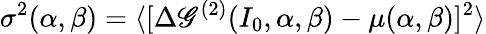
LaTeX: \sigma^{2}(\alpha,\beta)=\langle[\Delta\mathscr{G}^{(2)}(I_{0},\alpha,\beta)-\mu(\alpha,\beta)]^{2}\rangle